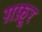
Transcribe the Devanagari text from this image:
ग़फ़ूर